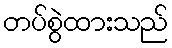
တပ်စွဲထားသည်